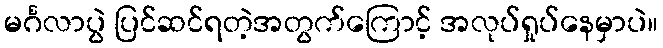
မင်္ဂလာပွဲ ပြင်ဆင်ရတဲ့အတွက်ကြောင့် အလုပ်ရှုပ်နေမှာပဲ။